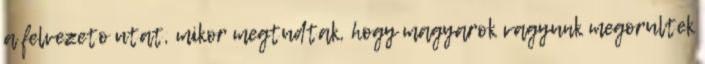
a felvezeto utat, mikor megtudtak, hogy magyarok vagyunk megorultek